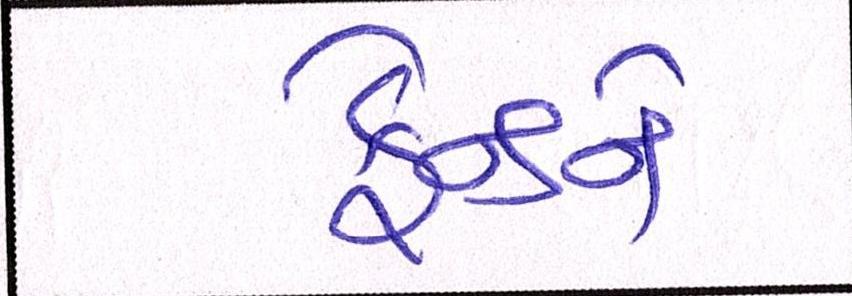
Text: ફ્રેન્ડને